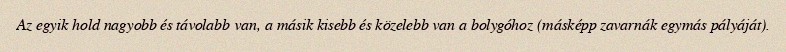
Az egyik hold nagyobb és távolabb van, a másik kisebb és közelebb van a bolygóhoz (másképp zavarnák egymás pályáját).